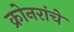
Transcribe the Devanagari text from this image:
क्रोनरांचे